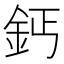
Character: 鈣